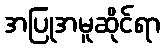
အပြုအမူဆိုင်ရာ